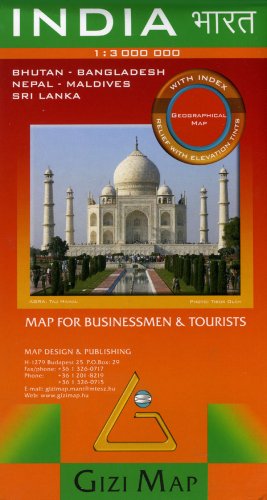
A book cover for India, Bhutan, Nepal, Bangladesh, Maldives, and Sri Lanka Map (English, French, Italian, German, Russian and Chinese Edition); Gizi Map; Travel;